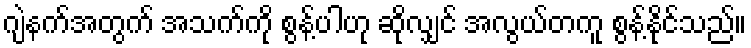
ဂျဲနက်အတွက် အသက်ကို စွန့်ပါဟု ဆိုလျှင် အလွယ်တကူ စွန့်နိုင်သည်။